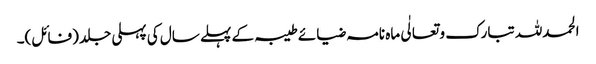
الحمدللہ تبارک و تعالٰی ماہ نامہ ضیائے طیبہ کے پہلے سال کی پہلی جلد (فائل)۔